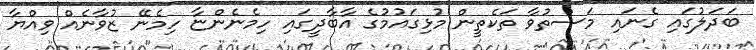
ބަދަލުގައި ގެނައި މަސްތުވާ ތަކެތީން މުޅިގައުމުގެ އާބާދީގައި ހިމެނެންޏާ ހިމެނޭ ޒުވާނެއް ވިއްޔާ